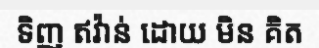
ទិញ ឥវ៉ាន់ ដោយ មិន គិត